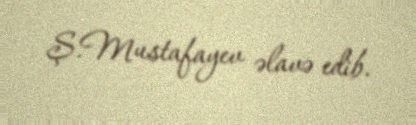
Ş.Mustafayev əlavə edib.